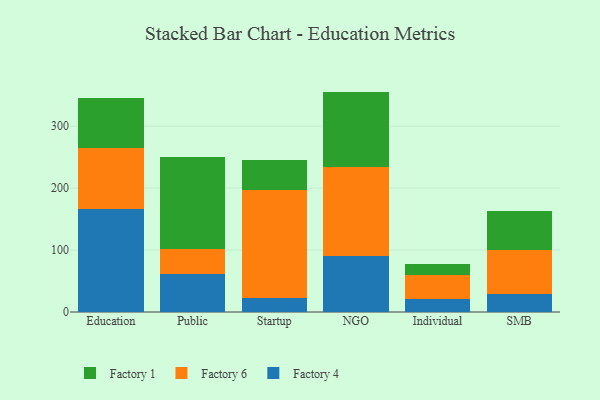
{"axis": {"x": "Segment", "y": "Temperature (°C)"}, "legend": ["Factory 1", "Factory 4", "Factory 6"], "data": [{"x": "Education", "y": 165.7, "type": "Factory 4"}, {"x": "Education", "y": 99.1, "type": "Factory 6"}, {"x": "Education", "y": 81.5, "type": "Factory 1"}, {"x": "Public", "y": 60.8, "type": "Factory 4"}, {"x": "Public", "y": 40.6, "type": "Factory 6"}, {"x": "Public", "y": 149.1, "type": "Factory 1"}, {"x": "Startup", "y": 23.4, "type": "Factory 4"}, {"x": "Startup", "y": 173.5, "type": "Factory 6"}, {"x": "Startup", "y": 48.5, "type": "Factory 1"}, {"x": "NGO", "y": 89.9, "type": "Factory 4"}, {"x": "NGO", "y": 144.1, "type": "Factory 6"}, {"x": "NGO", "y": 121.9, "type": "Factory 1"}, {"x": "Individual", "y": 20.3, "type": "Factory 4"}, {"x": "Individual", "y": 39.8, "type": "Factory 6"}, {"x": "Individual", "y": 16.7, "type": "Factory 1"}, {"x": "SMB", "y": 29.7, "type": "Factory 4"}, {"x": "SMB", "y": 69.7, "type": "Factory 6"}, {"x": "SMB", "y": 63.4, "type": "Factory 1"}]}